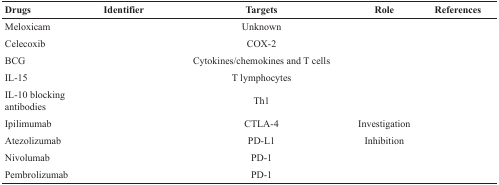
<table><thead><tr><td><b>Drugs</b></td><td><b>Identifier</b></td><td><b>Targets</b></td><td><b>Role</b></td><td><b>References</b></td></tr></thead><tbody><tr><td>Meloxicam</td><td>[EMPTY_CELL]</td><td>Unknown</td><td>[EMPTY_CELL]</td><td>[EMPTY_CELL]</td></tr><tr><td>Celecoxib</td><td>[EMPTY_CELL]</td><td>COX-2</td><td>[EMPTY_CELL]</td><td>[EMPTY_CELL]</td></tr><tr><td>BCG</td><td>[EMPTY_CELL]</td><td>Cytokines/chemokines and T cells</td><td>[EMPTY_CELL]</td><td>[EMPTY_CELL]</td></tr><tr><td>IL-15</td><td>[EMPTY_CELL]</td><td>T lymphocytes</td><td>[EMPTY_CELL]</td><td>[EMPTY_CELL]</td></tr><tr><td>IL-10 blocking antibodies</td><td>[EMPTY_CELL]</td><td>Th1</td><td>[EMPTY_CELL]</td><td>[EMPTY_CELL]</td></tr><tr><td>Ipilimumab</td><td>[EMPTY_CELL]</td><td>CTLA-4</td><td>Investigation</td><td>[EMPTY_CELL]</td></tr><tr><td>Atezolizumab</td><td>[EMPTY_CELL]</td><td>PD-L1</td><td>Inhibition</td><td>[EMPTY_CELL]</td></tr><tr><td>Nivolumab</td><td>[EMPTY_CELL]</td><td>PD-1</td><td>[EMPTY_CELL]</td><td>[EMPTY_CELL]</td></tr><tr><td>Pembrolizumab</td><td>[EMPTY_CELL]</td><td>PD-1</td><td>[EMPTY_CELL]</td><td>[EMPTY_CELL]</td></tr></tbody></table>